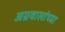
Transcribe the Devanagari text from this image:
अग्रवालांच्या